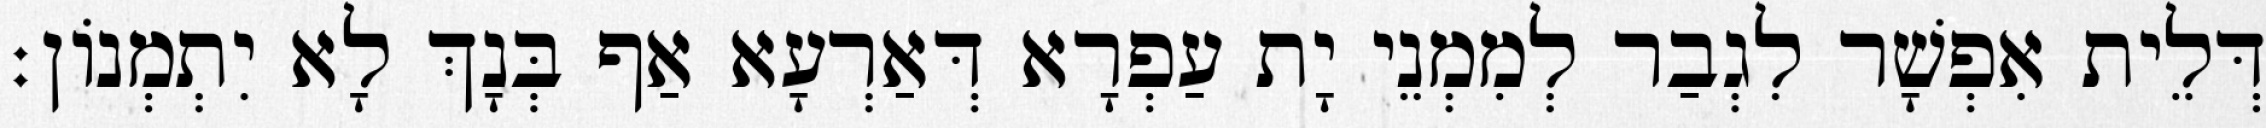
דְּלֵית אִפְשָׁר לִגְבַר לְמִמְנֵי יָת עַפְרָא דְּאַרְעָא אַף בְּנָךְ לָא יִתְמְנוֹן׃